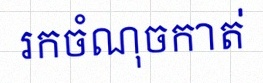
រកចំណុចកាត់